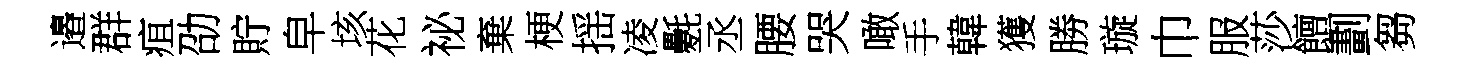
邉群疽劭貯皁垓花祕棄梗揺凌氎丞腰哭噉手韓獲勝璇巾服莎饘劃芻